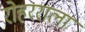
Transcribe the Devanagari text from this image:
रोहरराला